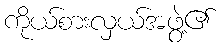
ကိုယ်စားလှယ်အဖွဲ့၏